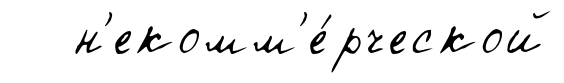
н'екомм'е́рческой